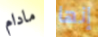
مادام إنها